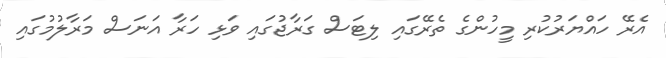
އެރޭ ހައްޔަރުކުރި މީހުންގެ ތެރޭގައި ލިޓަސް ގަރާޖުގައި ވަޅި ހަރާ އަނަސް މަރާލުމުގައި